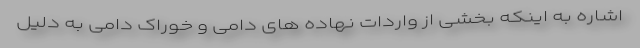
اشاره به اینکه بخشی از واردات نهاده های دامی و خوراک دامی به دلیل